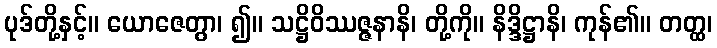
ပုဒ်တို့နှင့်။ ယောဇေတွာ၊ ၍။ သဋ္ဌိဝိဿဇ္ဇနာနိ၊ တို့ကို။ နိဒ္ဒိဋ္ဌာနိ၊ ကုန်၏။ တတ္ထ၊